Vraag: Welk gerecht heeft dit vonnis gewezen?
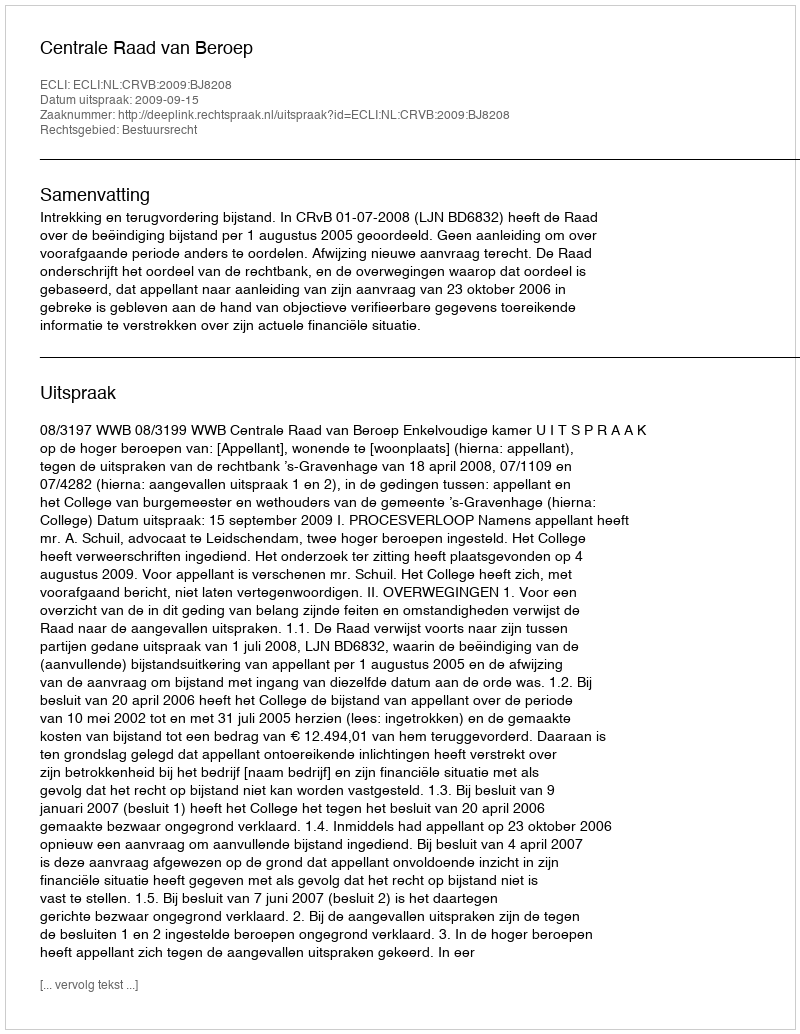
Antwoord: Centrale Raad van Beroep